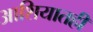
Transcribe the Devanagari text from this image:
आशियातही